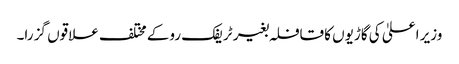
وزیر اعلیٰ کی گاڑیوں کا قافلہ بغیر ٹریفک روکے مختلف علاقوں گز را۔